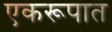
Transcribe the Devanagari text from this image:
एकरूपात